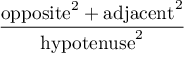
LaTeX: \frac { \mathrm { o p p o s i t e } ^ { 2 } + \mathrm { a d j a c e n t } ^ { 2 } } { \mathrm { h y p o t e n u s e } ^ { 2 } }